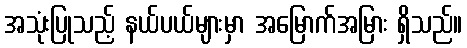
အသုံးပြုသည့် နယ်ပယ်များမှာ အမြောက်အမြား ရှိသည်။